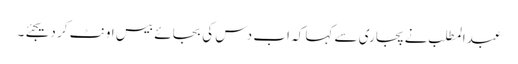
عبدالمطلب نے پجاری سے کہا کہ اب دس کی بجائے بیس اونٹ کر دیجئے۔